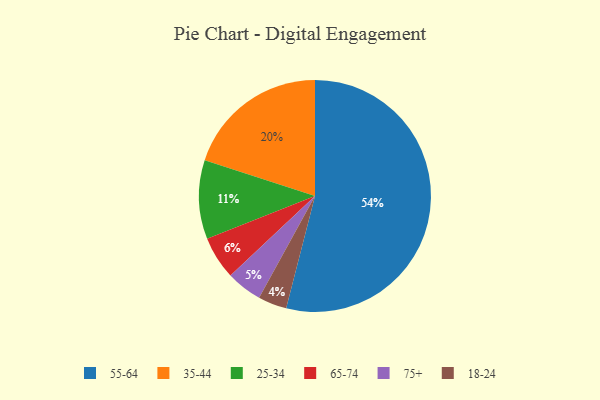
{"axis": {"x": "Category", "y": "Percentage"}, "legend": ["18-24", "25-34", "35-44", "55-64", "65-74", "75+"], "data": [{"x": "25-34", "y": 11, "type": "25-34"}, {"x": "35-44", "y": 20, "type": "35-44"}, {"x": "18-24", "y": 4, "type": "18-24"}, {"x": "55-64", "y": 54, "type": "55-64"}, {"x": "65-74", "y": 6, "type": "65-74"}, {"x": "75+", "y": 5, "type": "75+"}]}